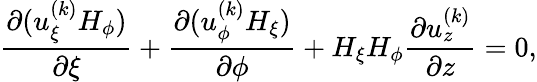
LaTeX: \frac{\partial(u_{\xi}^{(k)}H_{\phi})}{\partial\xi}+\frac{\partial(u_{\phi}^{(k)}H_{\xi})}{\partial\phi}+H_{\xi}H_{\phi}\frac{\partial u_{z}^{(k)}}{\partial z}=0,